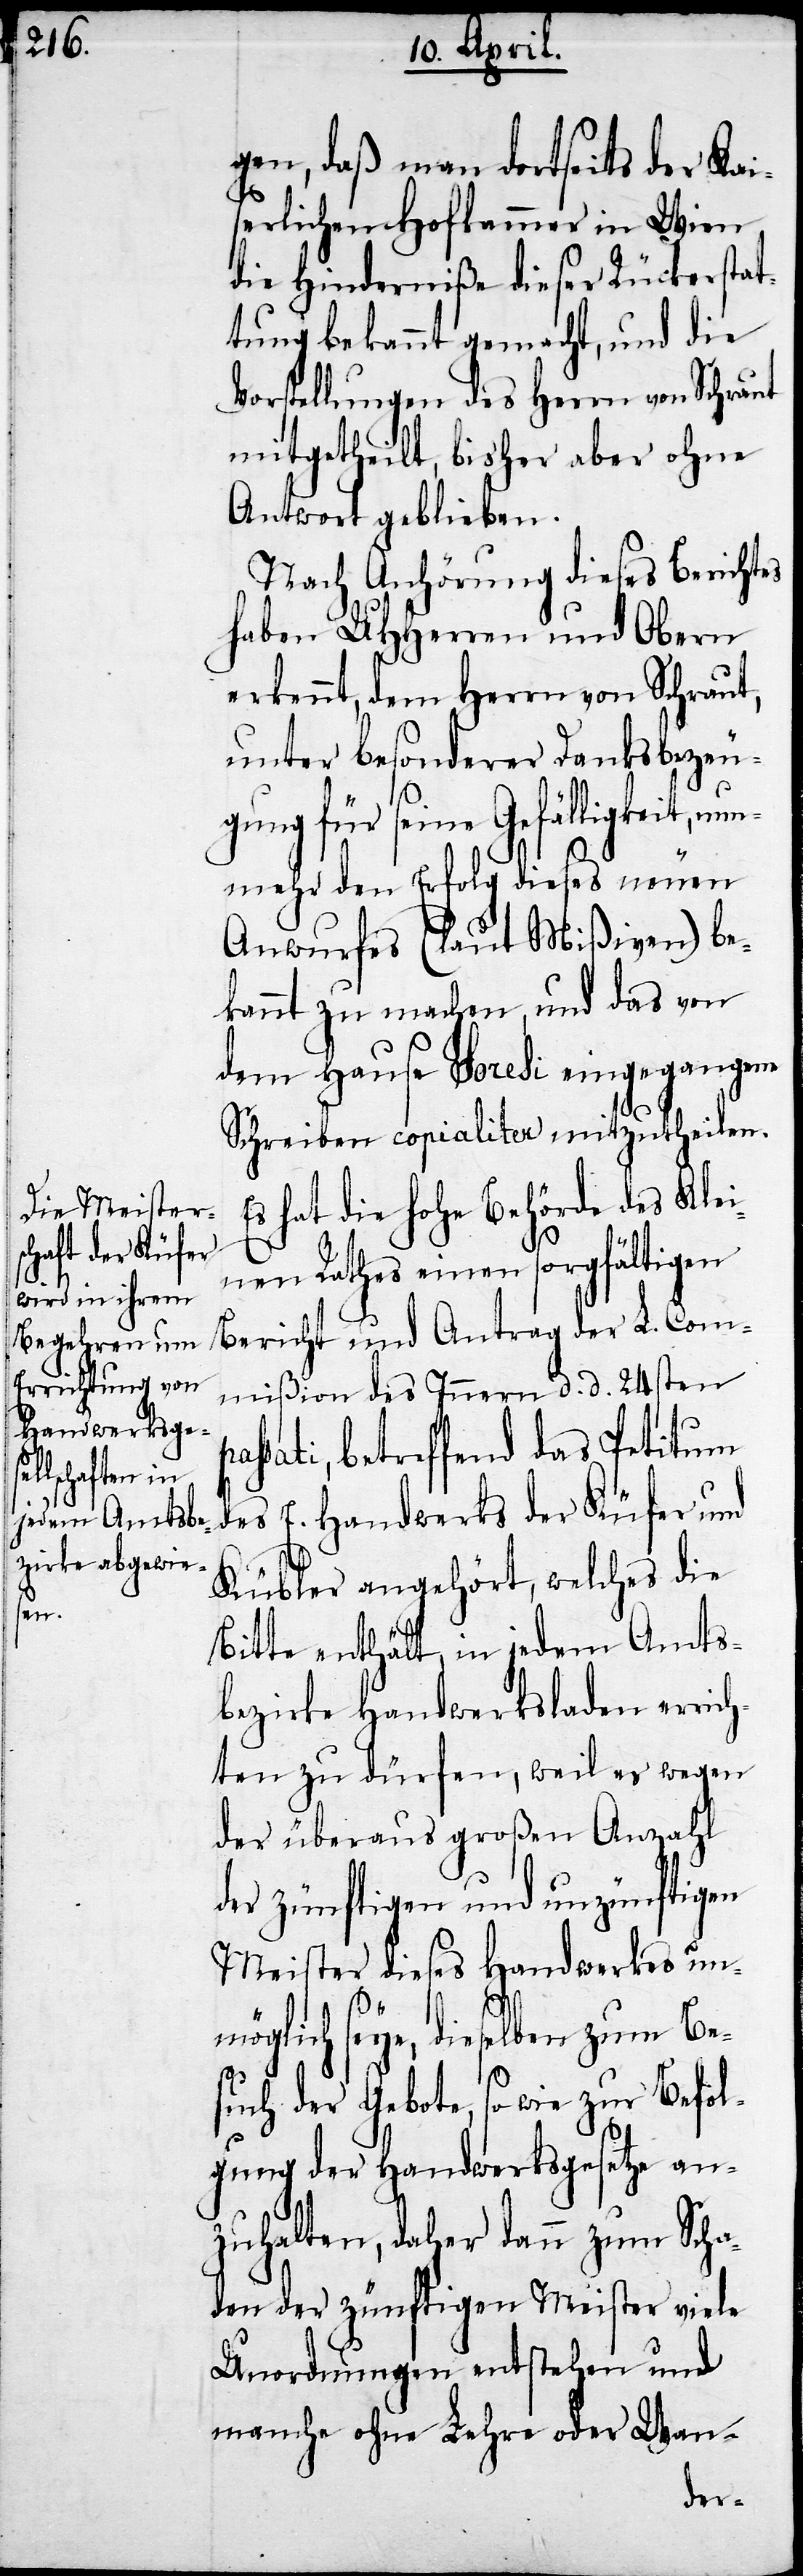
pas¬

gen, daß man dortseits der Kai¬
serlichen Hofkammer in Wien
die Hinderniße dieser Rückerstat¬
tung bekannt gemacht, und die
Vorstellungen des Herrn von Schraut
mitgetheilt, bisher aber ohne
Antwort geblieben.
Nach Anhörung dieses Berichtes
haben UHHerren und Obern
erkennt, dem Herrn von Schraut,
unter besonderer Danksbezeu¬
gung für seine Gefälligkeit, nun¬
mehr den Erfolg dieses neuen
Anrufes (laut Mißiven) be¬
kannt zu machen, und das von
dem Hause Soresi eingegangene
Schreiben copialiter mitzutheilen.
Es hat die hohe Behörde des Klei¬
nen Rathes einen sorgfältigen
Bericht und Antrag der L. Com¬
mißion des Innern d. d. 24sten
sati, betreffend das Petitum
des E. Handwerks der Küfer und
Kübler angehört, welches die
Bitte enthält, in jedem Amts¬
bezirke Handwerksladen errich¬
ten zu dürfen, weil es wegen
der überaus großen Anzahl
der zünftigen und unzünftigen
Meister dieses Handwerkes un¬
möglich seye, dieselben zum Be¬
such der Gebote, so wie zur Befol¬
gung der Handwerksgesetze an¬
zuhalten, daher dann zum Scha¬
den der zünftigen Meister viele
Unordnungen entstehen und
manche ohne Lehre oder Wan-